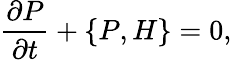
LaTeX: \frac{\partial P}{\partial t}+\{ P,H\} =0,